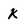
Character: k